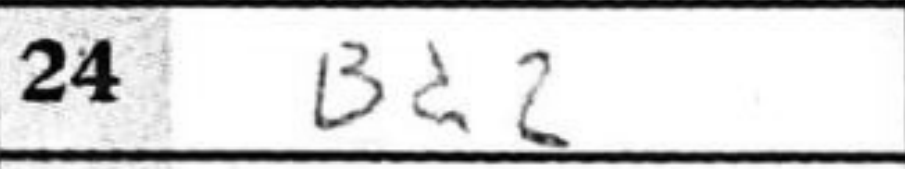
Transcription: Bd2